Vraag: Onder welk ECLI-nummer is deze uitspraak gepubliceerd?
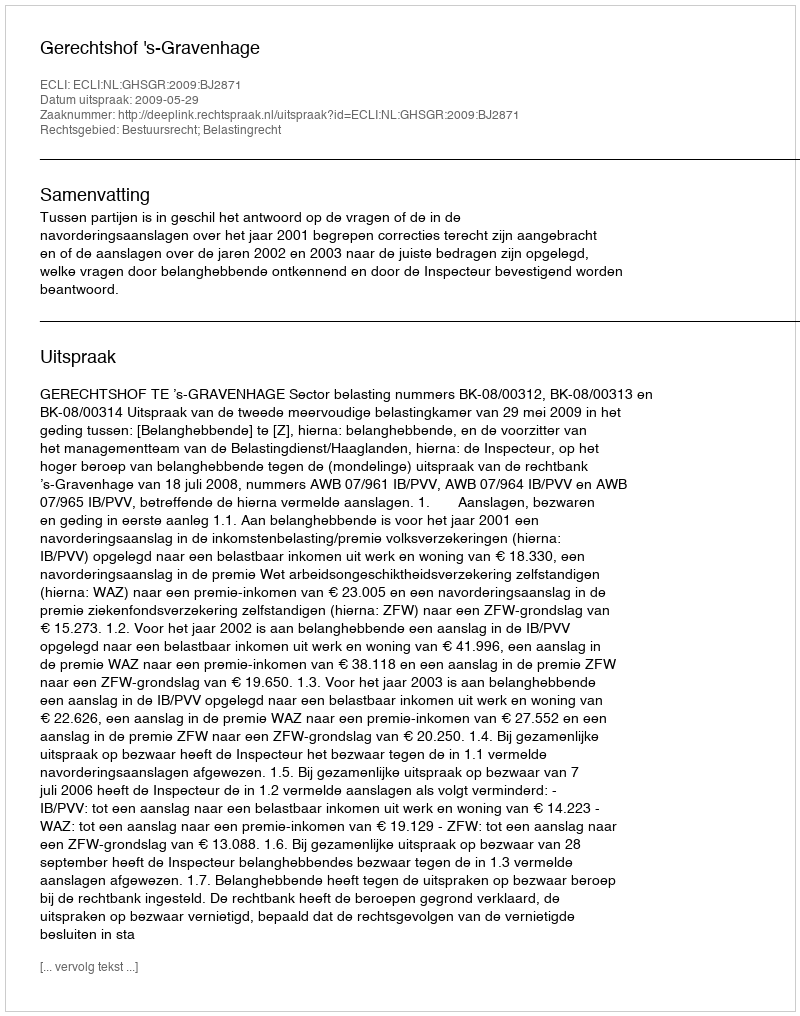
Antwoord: ECLI:NL:GHSGR:2009:BJ2871